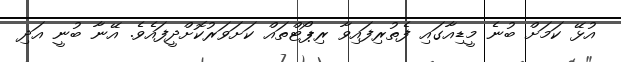
އުޅޭ ކަމަށް ބުނެ މީޑިއާގައި ފެތުރިފައިވާ ރިޕޯޓްތައް ކަށަވަރުކޮށްދީފައެވެ. އޭނާ ބުނީ އަދި